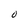
Character: 0